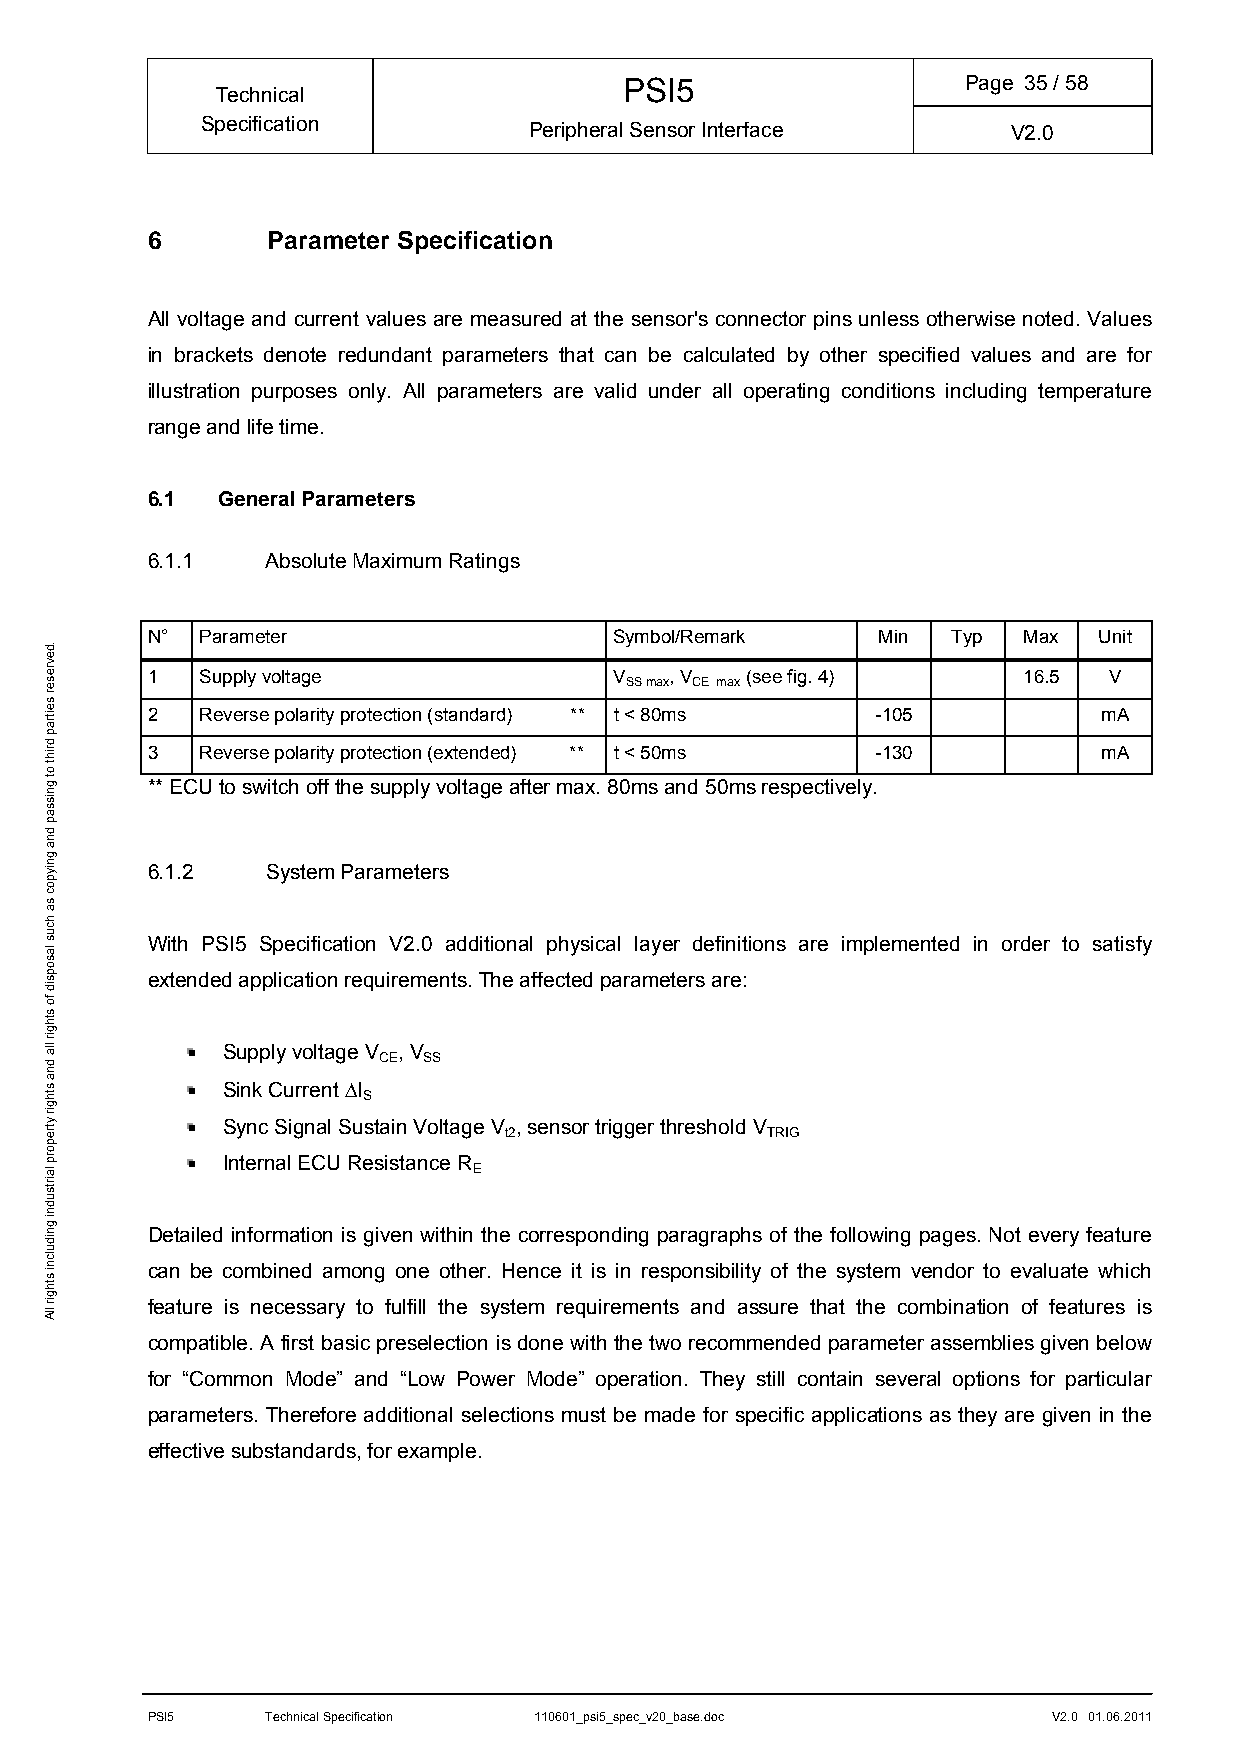
PSI5                   Page 35/ 58
 Technical
 Specification         Peripheral Sensor Interface     V2.0
 6       Parameter Specification
 All voltage and current values are measured at the sensor's connector pins unless otherwise noted. Values
 in brackets denote redundant parameters that can be calculated by other specified values and are for
 illustration purposes only. All parameters are valid under all operating conditions including temperature
 range and life time.
 6.1 General Parameters
 6.1.1   Absolute Maximum Ratings
 N° Parameter                   Symbol/Remark    Min  Typ  Max  Unit
 1  Supply voltage              V  , V  (see fig. 4)       16.5 V
 SS max CE max
 2  Reverse polarity protection (standard) ** t < 80ms -105     mA
 3  Reverse polarity protection (extended) ** t < 50ms -130     mA
 ** ECU to switch off the supply voltage after max. 80ms and 50ms respectively.
 6.1.2   System Parameters
 With PSI5 Specification V2.0 additional physical layer definitions are implemented in order to satisfy
 extended application requirements. The affected parameters are:
  Supply voltage V CE, V
 SS
  Sink Current I
 S
  Sync Signal Sustain Voltage V t2, sensor trigger threshold V
 TRIG
  Internal ECU Resistance R
 E
 Detailed information is given within the corresponding paragraphs of the following pages. Not every feature
 can be combined among one other. Hence it is in responsibility of the system vendor to evaluate which
 feature is necessary to fulfill the system requirements and assure that the combination of features is
 compatible. A first basic preselection is done with the two recommended parameter assemblies given below
 for “Common Mode” and “Low Power Mode” operation. They still contain several options for particular
 parameters. Therefore additional selections must be made for specific applications as they are given in the
 effective substandards, for example.
 PSI5    Technical Specification 110601_psi5_spec_v20_base.doc V2.0 01.06.2011
 .devreser
 seitrap
 driht
 ot
 gnissap
 dna
 gniypoc
 sa
 hcus
 lasopsid
 fo
 sthgir
 lla
 dna
 sthgir
 ytreporp
 lairtsudni
 gnidulcni
 sthgir
 llA